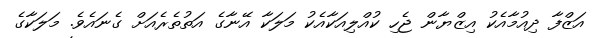
އަޒްފާ ދިއުމާއެކު އިޒްޔާން ޖެހި ކުއްލިއަކާއެކު މަލަކާ އޭނާގެ އަތުތެރެއަށް ގެނައެވެ. މަލަކާގެ